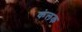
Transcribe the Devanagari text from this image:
कंलक